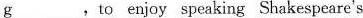
\underline{g},to enjoy speaking Shakespeare's